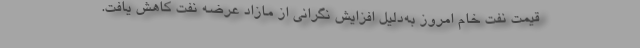
قیمت نفت خام امروز به‌دلیل افزایش نگرانی از مازاد عرضه نفت کاهش یافت.